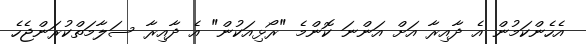
އެހެންކަމުން އެ ދާއިރާ އަށް އަންނަ ކޮންމެ "ރޯޅިއަކުން" އެ ދާއިރާ ސަލާމަތްކުރަންޖެހެ